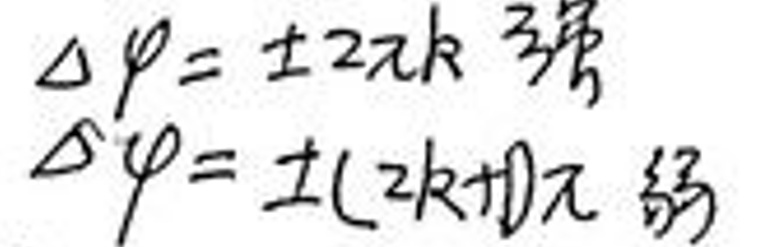
$\Delta \varphi = \pm 2 \pi k  $强\\
$\Delta \varphi = \pm (2k + 1) \pi  $弱